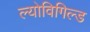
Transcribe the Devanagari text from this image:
ल्योविगिल्ड